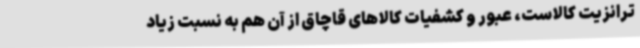
ترانزیت کالاست، عبور و کشفیات کالاهای قاچاق از آن هم به نسبت زیاد